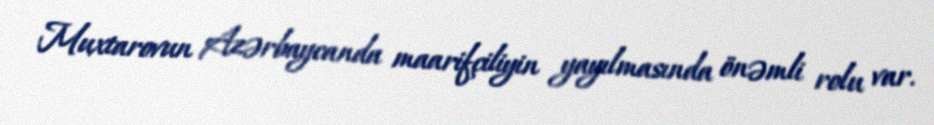
Muxtarovun Azərbaycanda maarifçiliyin yayılmasında önəmli rolu var.